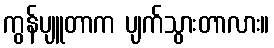
ကွန်ပျူတာက ပျက်သွားတာလား။